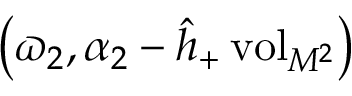
\big ( \varpi _ { 2 } , \alpha _ { 2 } - \hat { h } _ { + } \, \mathrm { v o l } _ { M ^ { 2 } } \big )